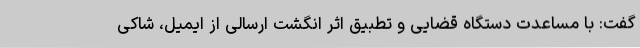
گفت: با مساعدت دستگاه قضایی و تطبیق اثر انگشت ارسالی از ایمیل، شاکی